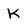
Character: K